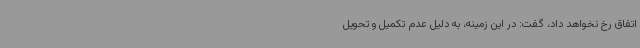
اتفاق رخ نخواهد داد، گفت: در این زمینه، به دلیل عدم تکمیل و تحویل